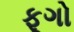
ફૂગો